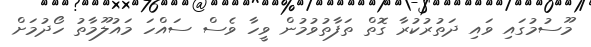
މޫސުމުގައި ވައި ދަތުރުކުރާ ގޮތް ތަފާތުވުމުން ވީހާ ވެސް ސައްހަ މައުލޫމާތު ހޯދުމަށް